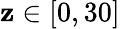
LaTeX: \mathbf{z}\in[0,30]